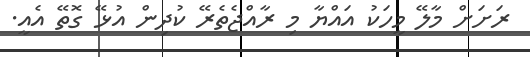
ރަށަށް މާލޭ މީހަކު އައްޔާ މި ރާއްޖެތެރޭ ކުދިން އުޅޭ ގޮތޭ އެއީ.